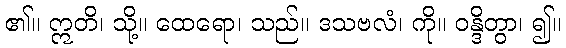
၏။ ဣတိ၊ သို့။ ထေရော၊ သည်။ ဒသဗလံ၊ ကို။ ဝန္ဒိတွာ၊ ၍။